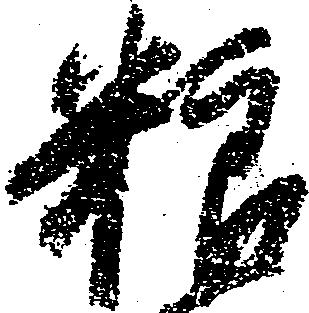
粮